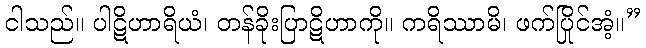
ငါသည်။ ပါဋိဟာရိယံ၊ တန်ခိုးပြာဋိဟာကို။ ကရိဿာမိ၊ ဖက်ပြိုင်အံ့။”